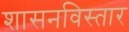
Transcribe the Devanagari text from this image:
शासनविस्तार